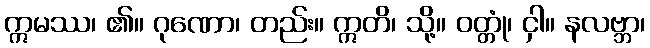
ဣမဿ၊ ၏။ ဂုဏော၊ တည်း။ ဣတိ၊ သို့။ ဝတ္တုံ၊ ငှါ။ နလဗ္ဘာ၊